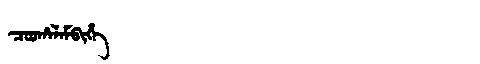
Manchu: ᠴᠣᠣᡥᠠᠯᠠᠮᠪᡳᡥᡝ
Romanization: COOHALAMBIHE